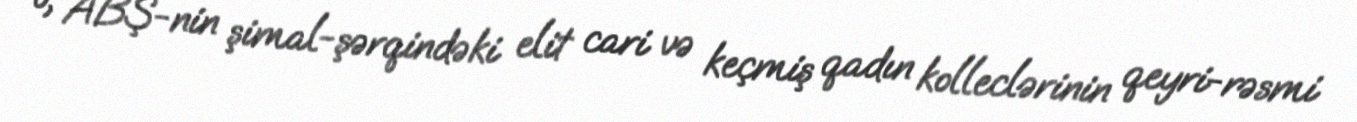
o, ABŞ-nin şimal-şərqindəki elit cari və keçmiş qadın kolleclərinin qeyri-rəsmi